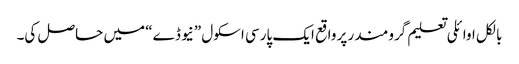
بالکل اوائلی تعلیم گرومندر پر واقع ایک پارسی اسکول ”نیو ڈے“ میں حاصل کی۔